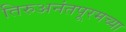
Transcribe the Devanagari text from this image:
तिरुअनंतपूरमच्या